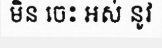
មិន ចេះ អស់ នូវ